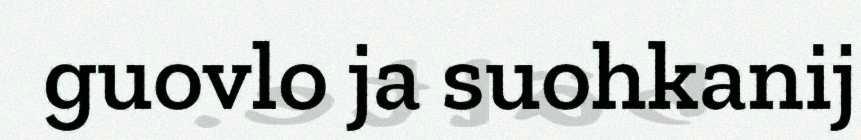
guovlo ja suohkanij